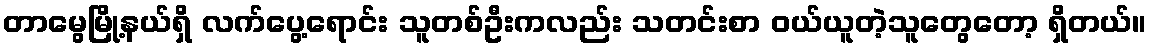
တာမွေမြို့နယ်ရှိ လက်ပွေ့ရောင်း သူတစ်ဦးကလည်း သတင်းစာ ဝယ်ယူတဲ့သူတွေတော့ ရှိတယ်။